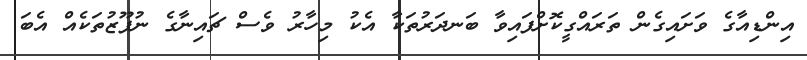
އިންޑިއާގެ ވަށައިގެން ތަރައްގީކޮށްފައިވާ ބަނދަރުތަކާ އެކު މިހާރު ވެސް ޗައިނާގެ ނުފޫޒުތަކެއް އެބަ